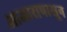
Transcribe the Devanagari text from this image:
आजारापासून